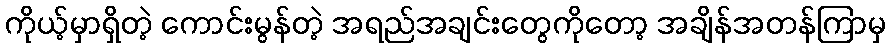
ကိုယ့်မှာရှိတဲ့ ကောင်းမွန်တဲ့ အရည်အချင်းတွေကိုတော့ အချိန်အတန်ကြာမှ